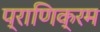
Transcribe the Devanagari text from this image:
प्राणिक्रम